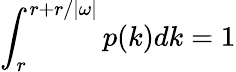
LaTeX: \int_{r}^{r+r/|\omega|}p(k)dk=1